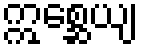
ဣစ္ဆေယျ